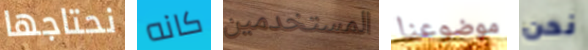
نحتاجها كانه المستخدمين موضوعنا نحن